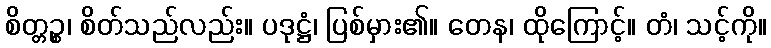
စိတ္တဉ္စ၊ စိတ်သည်လည်း။ ပဒုဋ္ဌံ၊ ပြစ်မှား၏။ တေန၊ ထိုကြောင့်။ တံ၊ သင့်ကို။